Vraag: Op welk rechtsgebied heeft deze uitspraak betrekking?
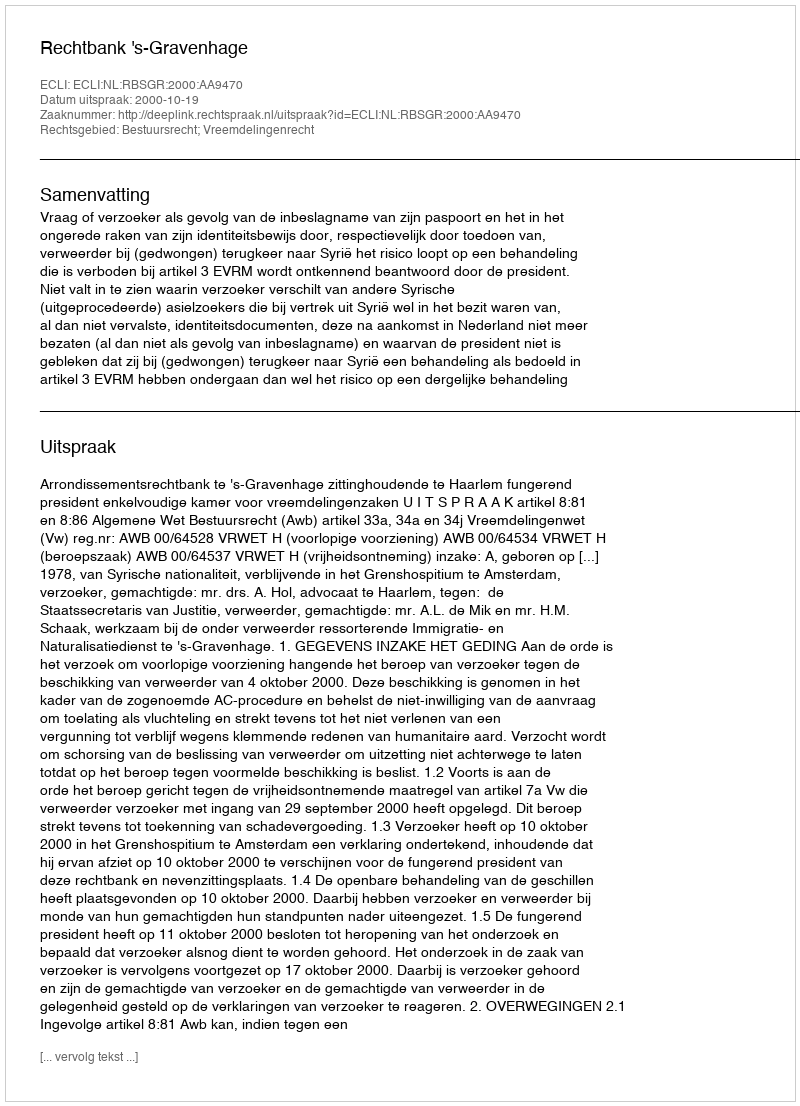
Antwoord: Bestuursrecht; Vreemdelingenrecht